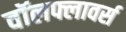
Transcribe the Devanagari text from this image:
वॉलफ्लावर्स